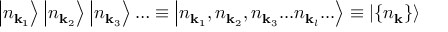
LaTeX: \left| n _ { \mathbf { k } _ { 1 } } \right\rangle \left| n _ { \mathbf { k } _ { 2 } } \right\rangle \left| n _ { \mathbf { k } _ { 3 } } \right\rangle \ldots \equiv \left| n _ { \mathbf { k } _ { 1 } } , n _ { \mathbf { k } _ { 2 } } , n _ { \mathbf { k } _ { 3 } } . . . n _ { \mathbf { k } _ { l } } . . . \right\rangle \equiv \left| \{ n _ { \mathbf { k } } \} \right\rangle